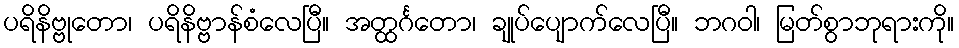
ပရိနိဗ္ဗုတော၊ ပရိနိဗ္ဗာန်စံလေပြီ။ အတ္ထင်္ဂတော၊ ချုပ်ပျောက်လေပြီ။ ဘဂဝါ၊ မြတ်စွာဘုရားကို။